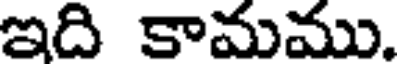
ఇది కామము.